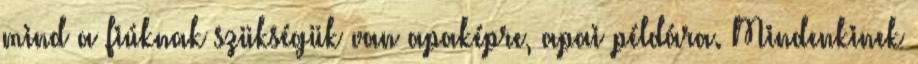
mind a fiúknak szükségük van apaképre, apai példára. Mindenkinek